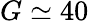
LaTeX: G\simeq 40